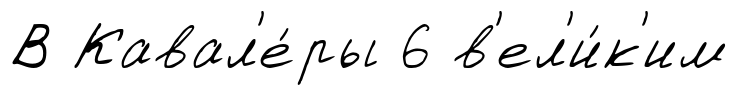
В Кавал'е́ры 6 в'ел'и́к'им